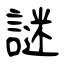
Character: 謎